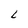
Character: L